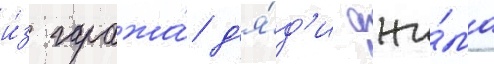
и́з гаража́ д'я́д'и джи́ма